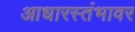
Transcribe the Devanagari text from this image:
आधारस्तंभावर